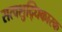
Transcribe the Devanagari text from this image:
सत्वशुद्धिकारक